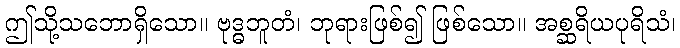
ဤသို့သဘောရှိသော။ ဗုဒ္ဓဘူတံ၊ ဘုရားဖြစ်၍ ဖြစ်သော။ အစ္ဆရိယပုရိသံ၊